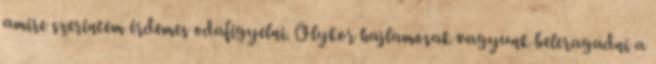
amire szerintem érdemes odafigyelni. Olykor hajlamosak vagyunk beleragadni a